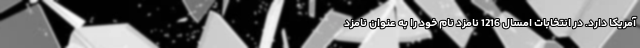
آمریکا دارد. در انتخابات امسال 1216 نامزد نام خود را به عنوان نامزد